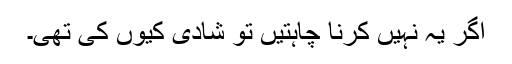
اگر یہ نہیں کرنا چاہتیں تو شادی کیوں کی تھی۔